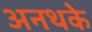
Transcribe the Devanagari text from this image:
अनथके